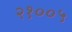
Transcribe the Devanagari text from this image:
२१००५